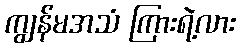
ကျွန်မအသံ ကြားရဲ့လား